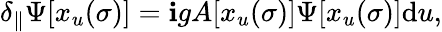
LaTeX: \delta_{\parallel}\Psi[x_{u}(\sigma)]=\mathbf{i}gA[x_{u}(\sigma)]\Psi[x_{u}(\sigma)]\mathrm{d}u,